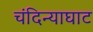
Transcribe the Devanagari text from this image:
चंदिन्याघाट